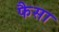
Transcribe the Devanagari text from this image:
फैसा